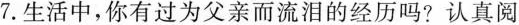
7.生活中，你有过为父亲而流泪的经历吗?认真阅